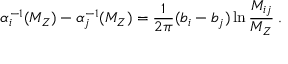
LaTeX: \alpha _ { i } ^ { - 1 } ( M _ { Z } ) - \alpha _ { j } ^ { - 1 } ( M _ { Z } ) = \frac { 1 } { 2 \pi } ( b _ { i } - b _ { j } ) \ln \frac { M _ { i j } } { M _ { Z } } \; .